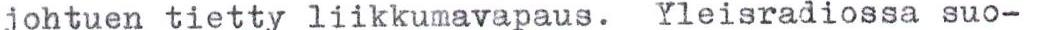
johtuen tietty liikkumavapaus. Yleisradiossa suo-